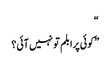
“
” کوئی پرابلم تو نہیں آئی؟